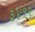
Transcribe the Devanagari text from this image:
३४१९